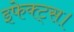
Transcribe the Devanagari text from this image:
इफेक्ट्स।